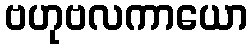
ဗဟုဗလကာယော